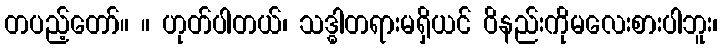
တပည့်တော်။ ။ ဟုတ်ပါတယ်၊ သဒ္ဓါတရားမရှိယင် ဝိနည်းကိုမလေးစားပါဘူး၊